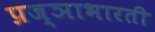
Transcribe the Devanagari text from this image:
प्रज्ञाभारती